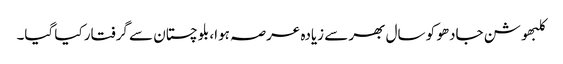
کلبھوشن جادھو کو سال بھر سے زیادہ عرصہ ہوا، بلوچستان سے گرفتار کیا گیا۔